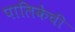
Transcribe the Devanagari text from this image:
पालिकेची